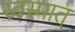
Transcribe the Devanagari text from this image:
स्वस्मात्